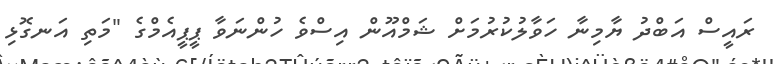
ރައީސް އަބްދު ޔާމިނާ ހަވާލުކުރުމަށް ޝަމްއޫން އިސްވެެ ހުންނަވާ ޕީޕީއެމްގެ "މަތި އަނގޮޅި